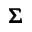
\pmb { \Sigma }